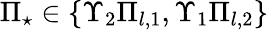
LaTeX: \Pi_{\star}\in\{ \Upsilon_{2}\Pi_{l,1},\Upsilon_{1}\Pi_{l,2}\}